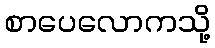
စာပေလောကသို့